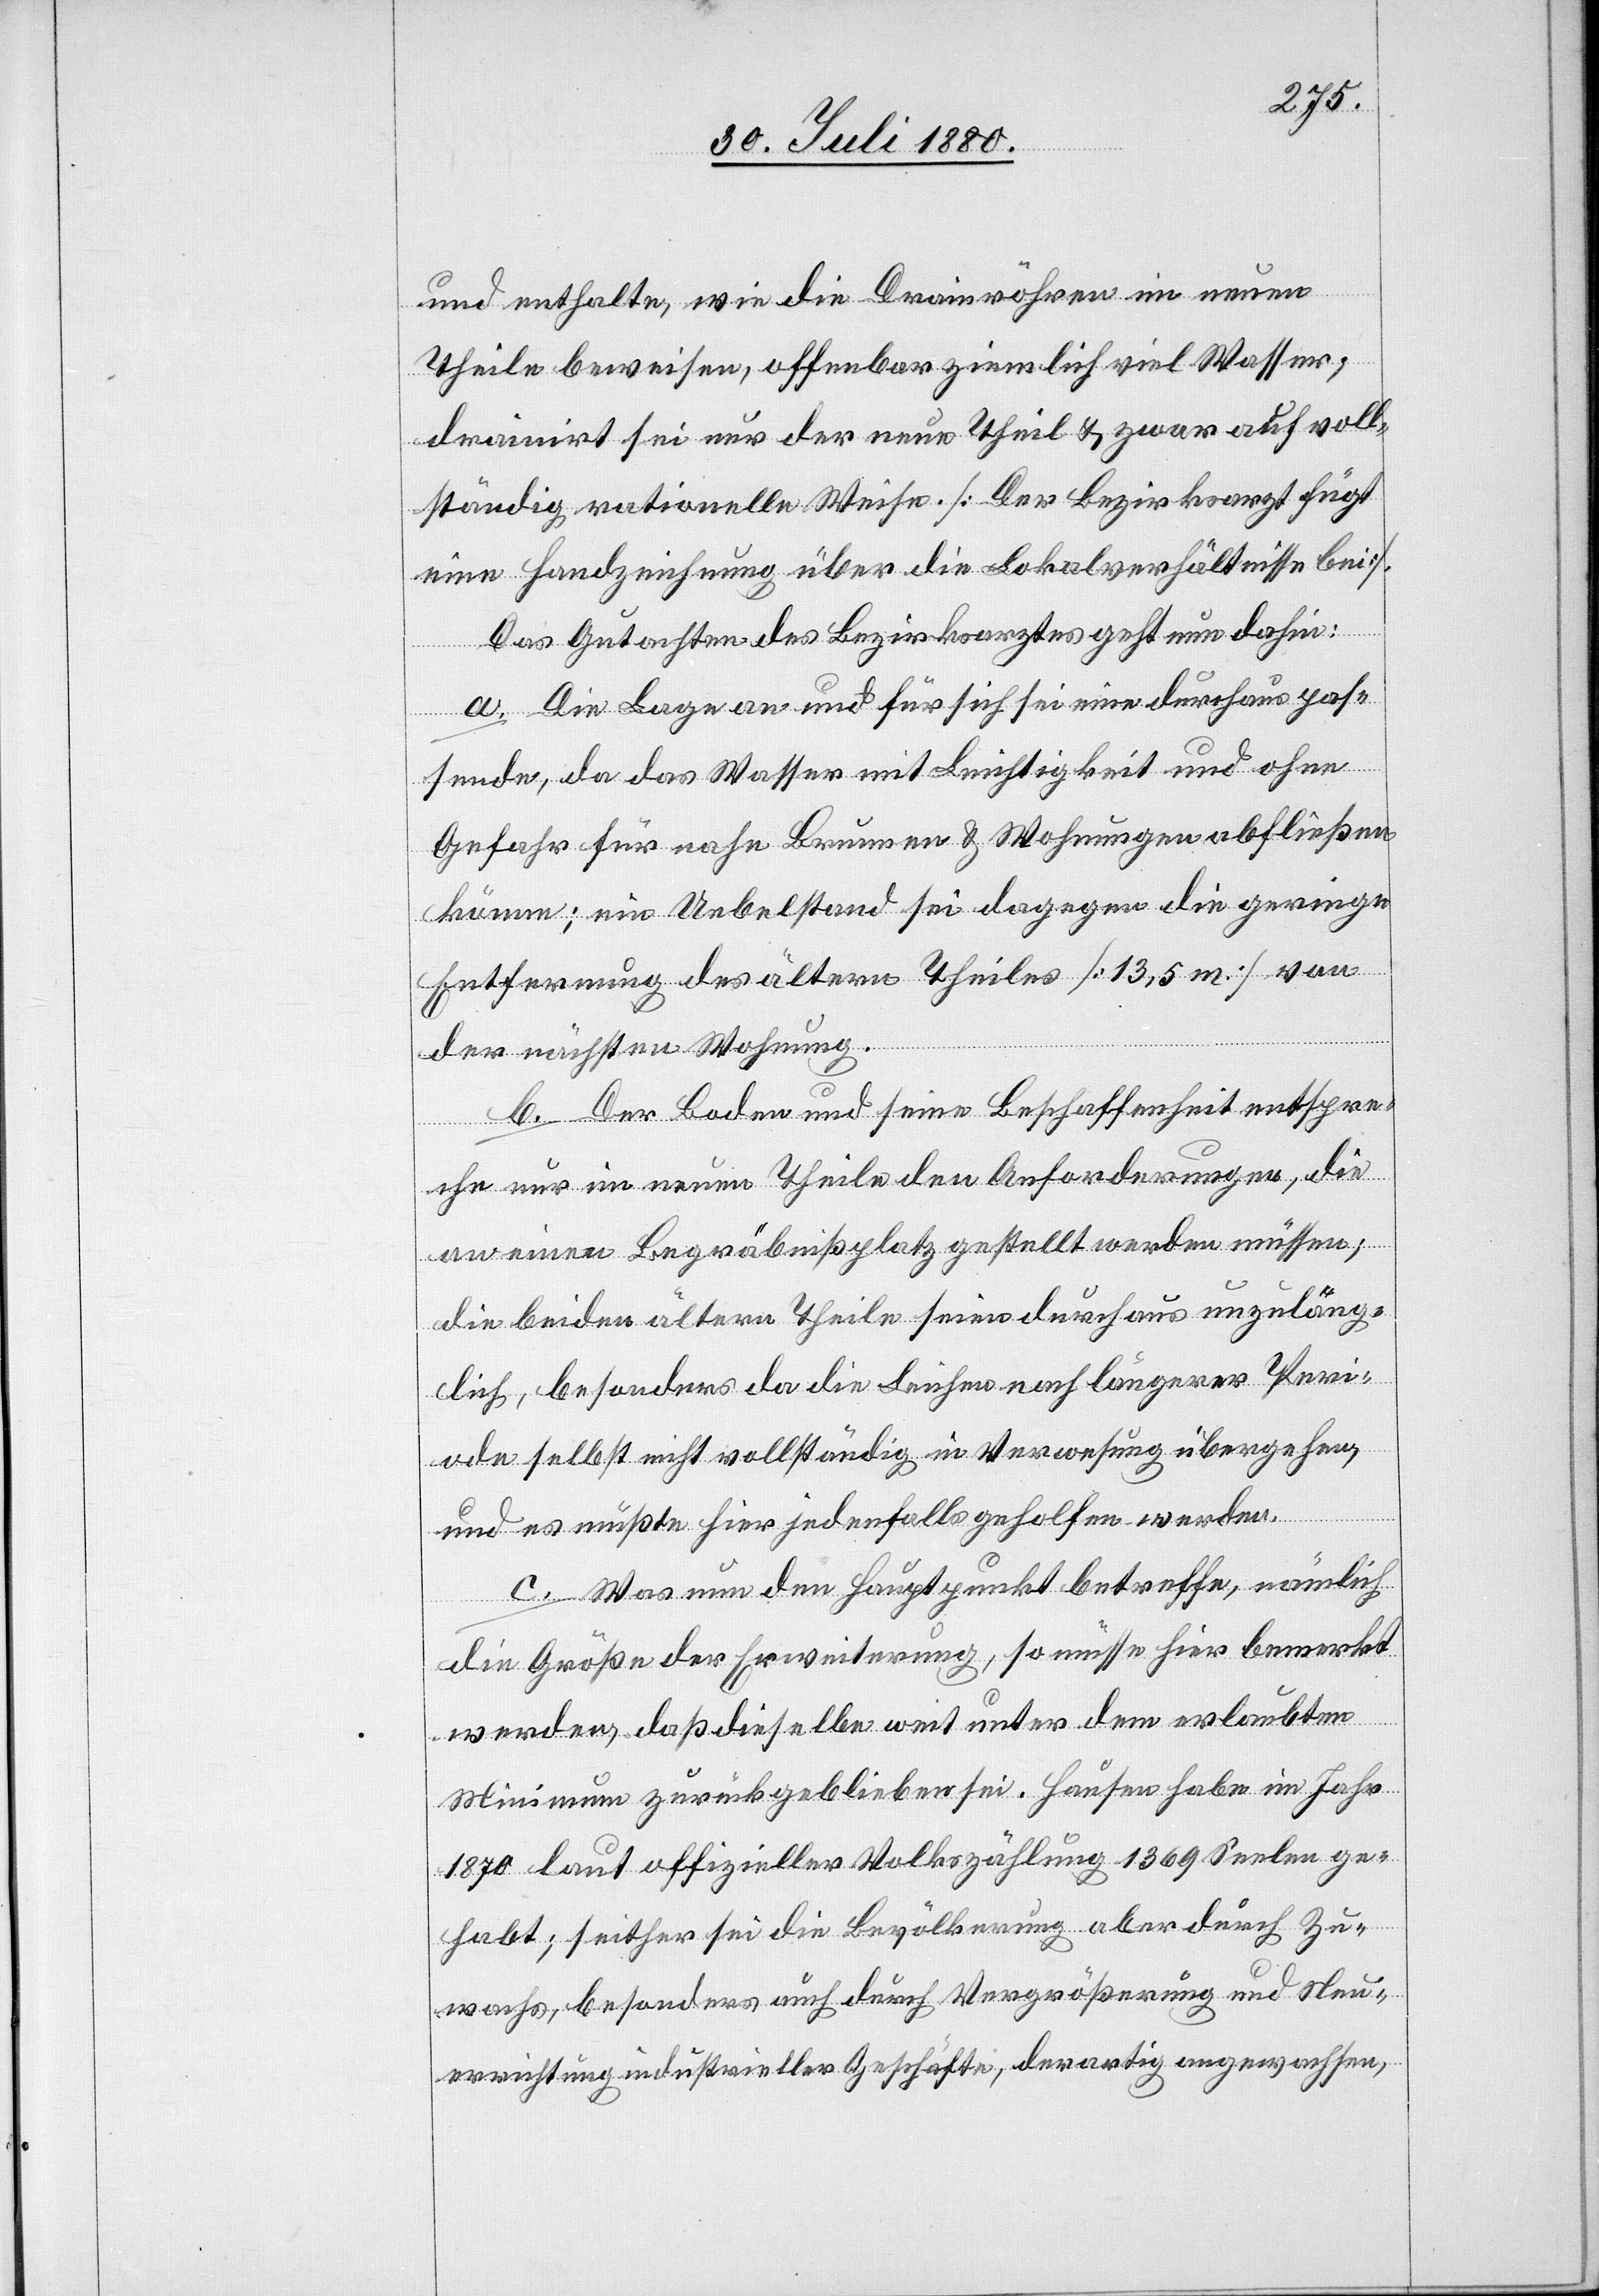
und enthalte, wie die Drainröhren im neuen
Theile beweisen, offenbar ziemlich viel Wasser;
drainirt sei nur der neue Theil & zwar auf voll¬
ständig rationelle Weise. [Der Bezirksarzt fügt
eine Handzeichnung über die Lokalverhältnisse bei].
Das Gutachten des Bezirksarztes geht nun dahin:
a. Die Lage an und für sich sei eine durchaus pas¬
sende, da das Wasser mit Leichtigkeit und ohne
Gefahr für nahe Brunnen & Wohnungen abfließen
könne; ein Uebelstand sei dagegen die geringe
Entfernung des ältern Theiles [13,5 m] von
der nächsten Wohnung.
b. Der Boden und seine Beschaffenheit entspre¬
che nur im neuen Theile den Anforderungen, die
an einen Begräbnißplatz gestellt werden müssen;
die beiden ältern Theile seien durchaus unzuläng¬
lich, besonders da die Leichen nach längerer Peri¬
ode selbst nicht vollständig in Verwesung übergehen,
und es müßte hier jedenfalls geholfen werden.
c. Was nun den Hauptpunkt betreffe, nämlich
die Größe der Erweiterung, so müsse hier bemerkt
werden, daß dieselbe weit unter dem erlaubten
Minimum zurückgeblieben sei. Hausen habe im Jahr
1870 laut offizieller Volkszählung 1369 Seelen ge¬
habt; seither sei die Bevölkerung aber durch Zu¬
wachs, besonders auch durch Vergrößerung und Neu¬
errichtung industrieller Geschäfte, derartig angewachsen,